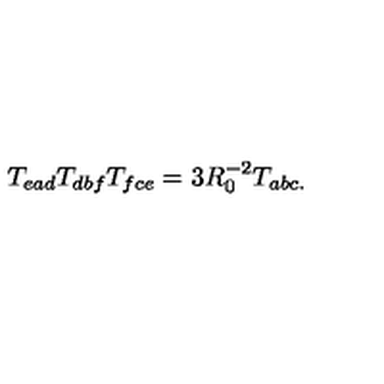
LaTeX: T _ { e a d } T _ { d b f } T _ { f c e } = 3 R _ { 0 } ^ { - 2 } T _ { a b c . }